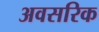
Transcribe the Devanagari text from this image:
अवसरिक